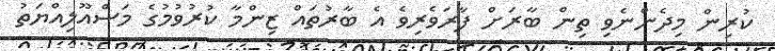
ކުރިން މިދެންނެވި ތިން ބާރަށް ފާރަވެރިވެ އެ ބާރުތައް ޒިންމާ ކުރުވުމުގެ މަސްއޫލިއްޔަތު